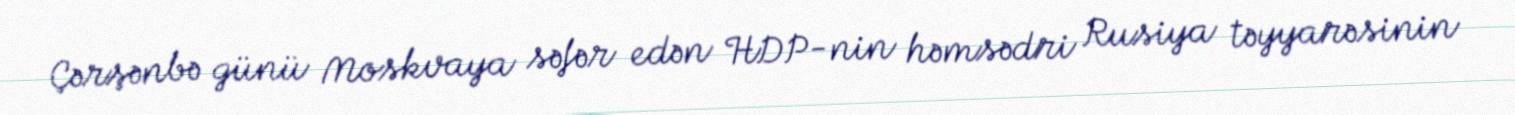
Çərşənbə günü Moskvaya səfər edən HDP-nin həmsədri Rusiya təyyarəsinin